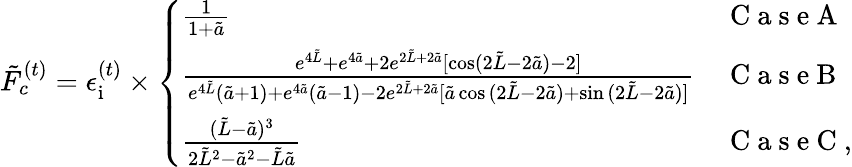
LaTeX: \tilde{F}_{c}^{(t)}=\epsilon_{\mathrm{i}}^{(t)}\times\left\{ \begin{array}{ll}{\frac{1}{1+\tilde{a}}}&{\mathrm{~C~a~s~e~A~}}\\ {\frac{e^{4\tilde{L}}+e^{4\tilde{a}}+2e^{2\tilde{L}+2\tilde{a}}[\cos(2\tilde{L}-2\tilde{a})-2]}{e^{4\tilde{L}}(\tilde{a}+1)+e^{4\tilde{a}}(\tilde{a}-1)-2e^{2\tilde{L}+2\tilde{a}}[\tilde{a}\cos{(2\tilde{L}-2\tilde{a})}+\sin{(2\tilde{L}-2\tilde{a})]}}}&{\mathrm{~C~a~s~e~B~}}\\ {\frac{(\tilde{L}-\tilde{a})^{3}}{2\tilde{L}^{2}-\tilde{a}^{2}-\tilde{L}\tilde{a}}}&{\mathrm{~C~a~s~e~C~},}\end{array}\right.